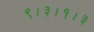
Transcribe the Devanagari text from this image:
९।३।१।३